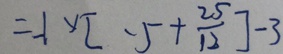
= - 1 \times [ - 5 + \frac { 2 5 } { 1 2 } ] - 3